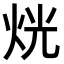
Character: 𤈛